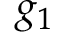
g _ { 1 }